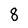
Character: 8